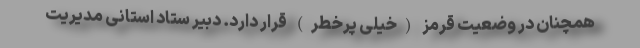
همچنان در وضعیت قرمز (خیلی پرخطر) قرار دارد. دبیر ستاد استانی مدیریت